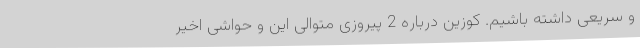
و سریعی داشته باشیم. کوزین درباره 2 پیروزی متوالی این و حواشی اخیر